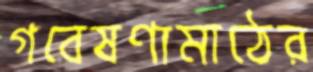
গবেষণামাঠের